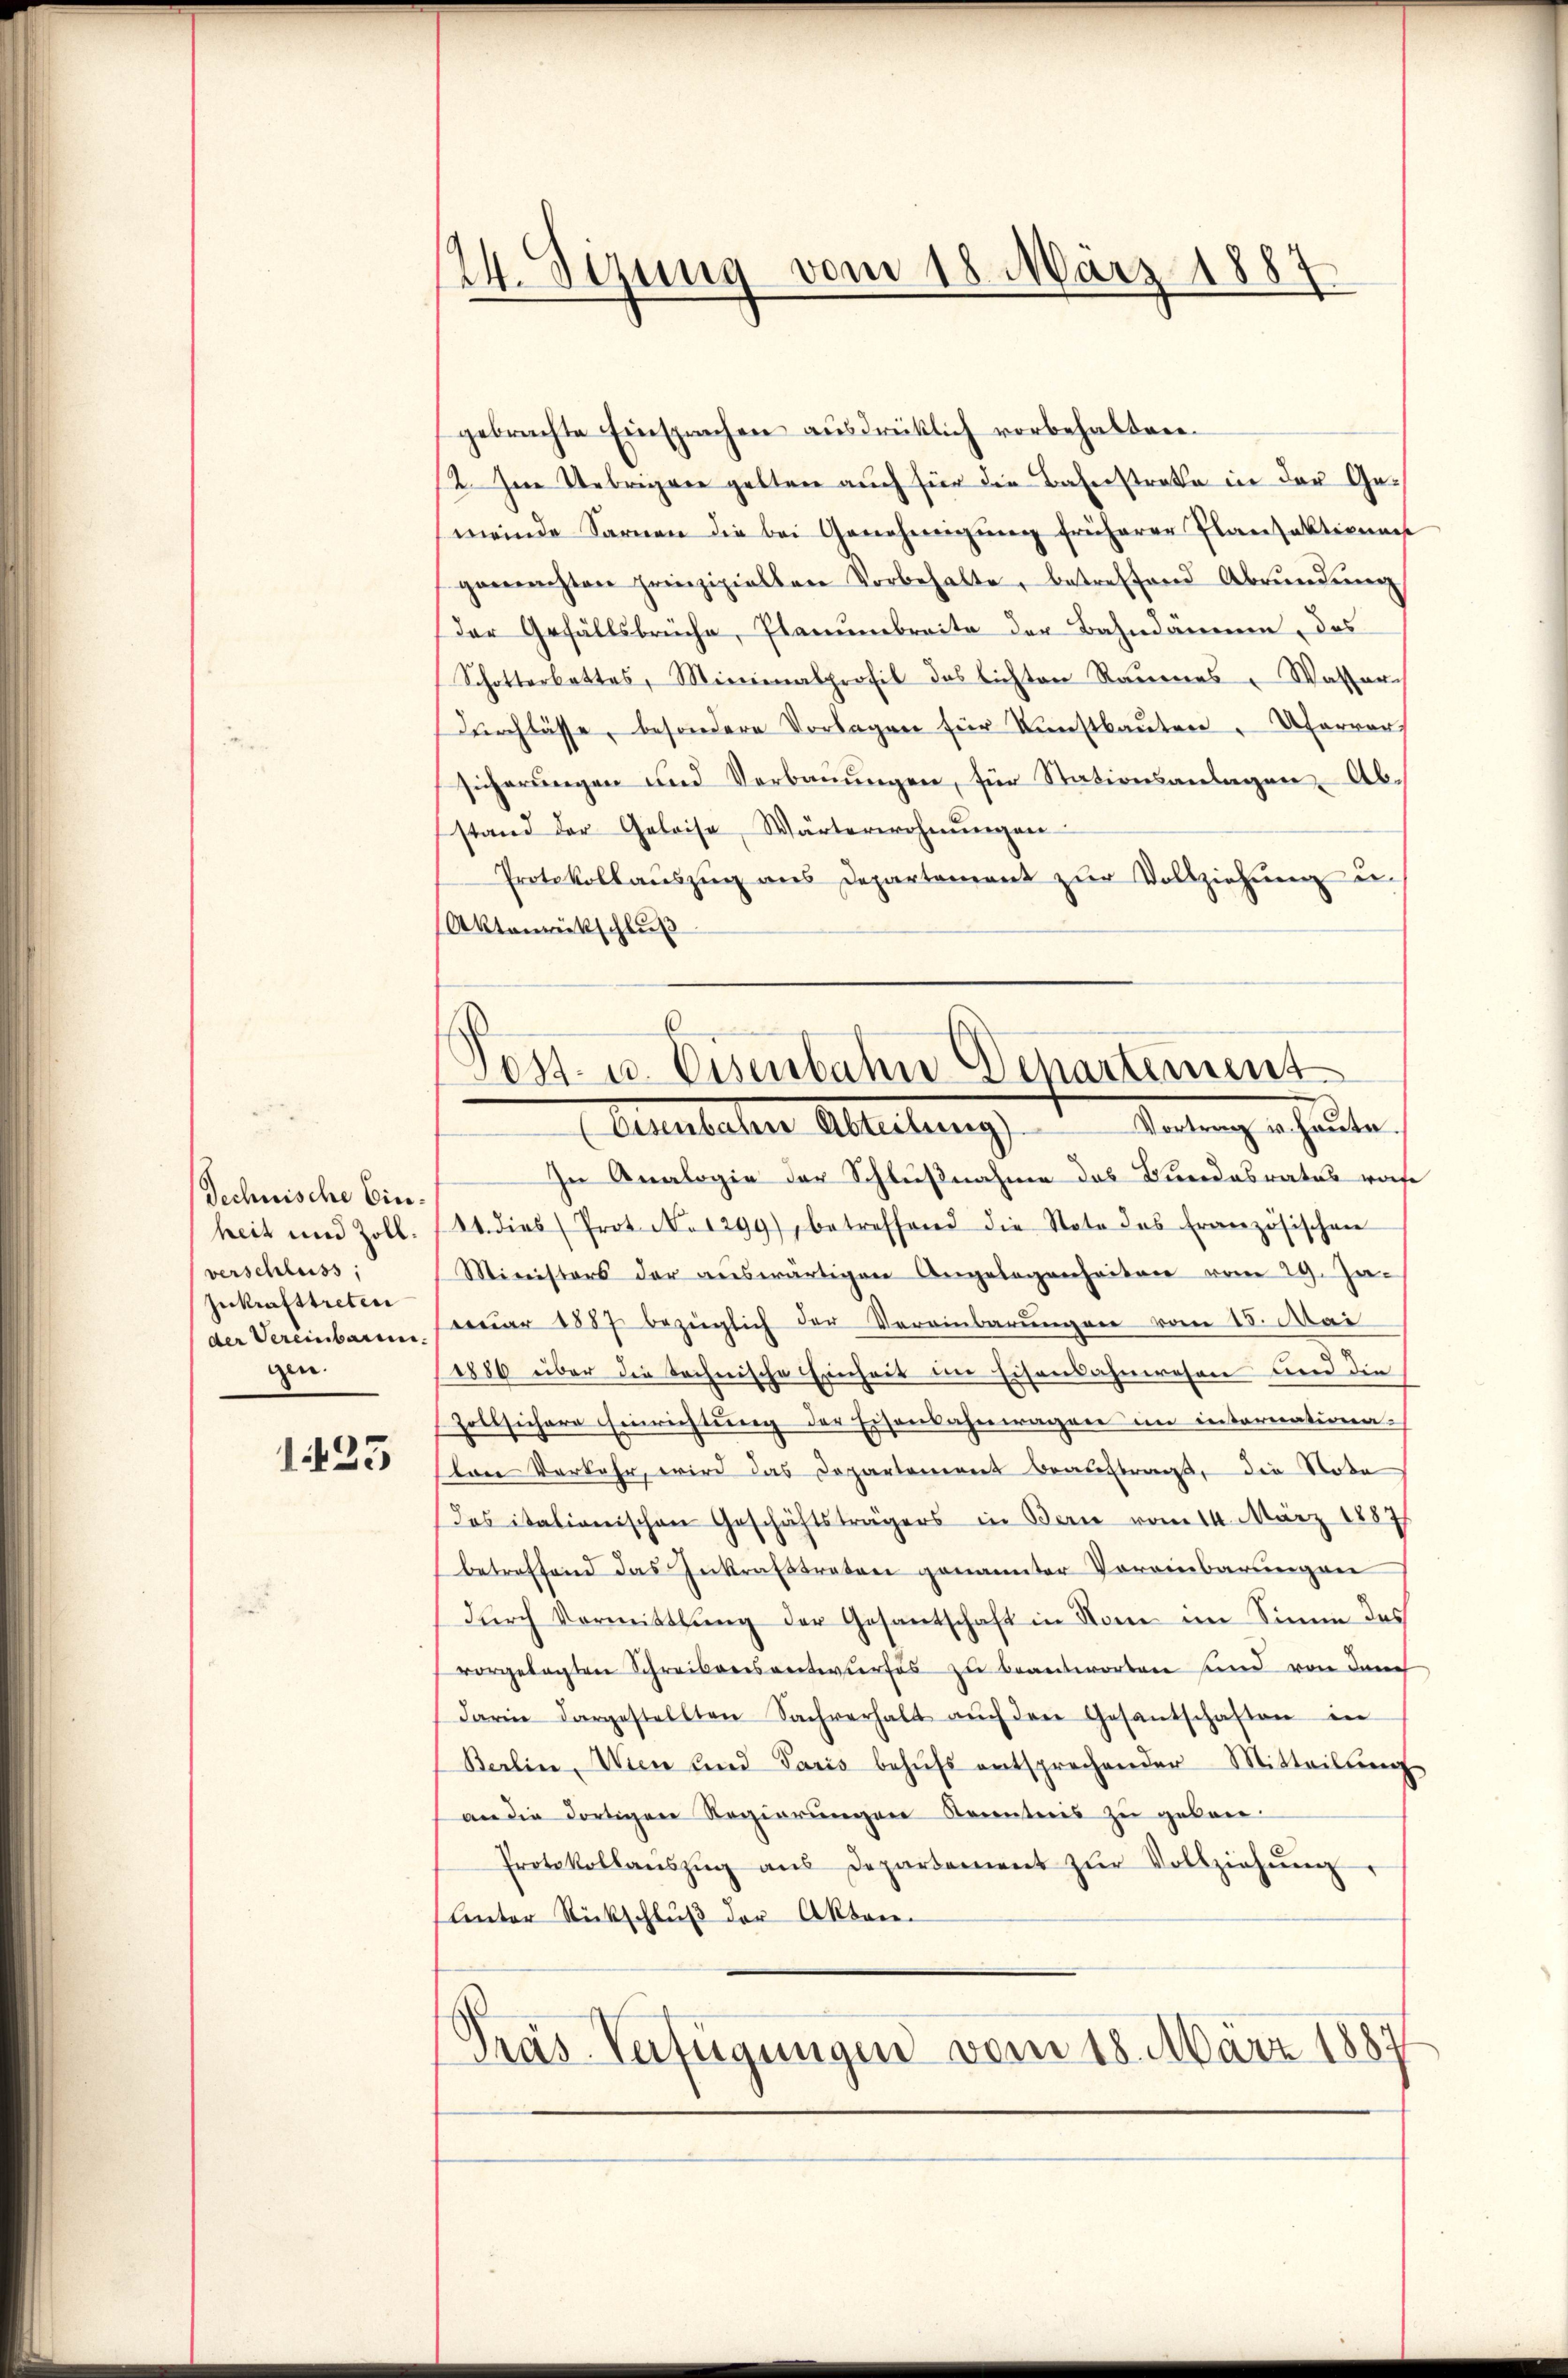
Technische Einverschluss;
Zukrafttreten
der Vereinbare
gen.

1423

24. Sizung vom 18. März 1887

gebrachte Einsprachen ausdrücklich vorbehalten.
2. Im Uebrigen gelten auch für die Bahnstrafe in der Gemeinde Sarnen die bei Genehmigung früherer Plansaktiven
gemachten prinzipielten Vorbehalte, betreffend Abrŭndŭng
der Gefällsbrüche, Planumbreite der Bahndämmen, das
Schotterbattes, Minienalprofil das Lichten Raŭenes Wasser
Durchlässe, besondere Vorlagen für Kunstbauten Ufervers
sicherungen und Verbaŭŭngen, für Stationsanlagen Abstand der Geleise, Wärterwohnŭngen
Protokollauszug aus Departement zur Vollziehung u.
Aktenrückschluß
Aetestalter Abteilung Reitung er heute.
In Analogie der Schlußnahme des Bundesratus rohe
heit und Zoll. 124. dies Prot. No 1299), betreffend die Note das französischen
Ministers der aŭswärtigen Angelegenheiten vom 29. Januar 1887 bezüglich der Vereinbarungen vom 15. Mai
1886 über die technische Einheit im Eisenbahnwesen und die
Zollsichere Einrichtung der Eisenbahnwagen im internation.
ton Vorkehr, wird das Departement beauftrags, die Note
Das italionischen Geschäftsträgers in Bern vom 14. März 1887
betreffend das Inkraftreten genannter Voreinbarungen
durch Vormittlung der Gesandtschaft in Name im Sinne des
vorgelegten Schreibensentwurfes zu beantworten sind von den
darin dargestellten Sachverhalt aŭch den Gesantschaften in
Berlin, Wien und Paris behŭfs entsprechender Mitteilŭng
an die dortigen Regierŭngen Kenntnis zu geben
Protokollaŭszŭg aŭs Departement zŭr Vollziehŭng,
Unter Rückschluß der Aktenen
Pras-Verfügungen vom 18. März 1887

Post- u. Eisenbahn Departement